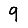
Digit: 9